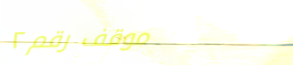
موقف رقم ٢